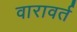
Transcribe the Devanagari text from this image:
वारावर्त